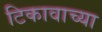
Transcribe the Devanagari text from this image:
टिकावाच्या